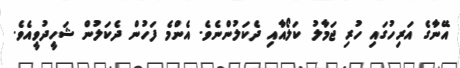
އޭނާގެ އަރިހުގައި ހުރި ޖަމާލު ކަލޯއާއި ދެކަލުންނެވެ. އެންމެ ފަހުން ދެކަލުން ޝަހީދުވީއެވެ.